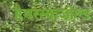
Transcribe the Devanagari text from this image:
हैमरस्कजोल्ड